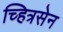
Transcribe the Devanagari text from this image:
च्हित्रसेन